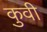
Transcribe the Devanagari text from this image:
कुवी